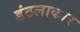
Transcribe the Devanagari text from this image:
डंठलाकार